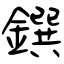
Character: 鐉